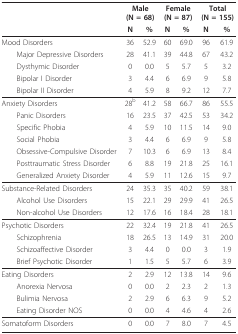
<table><thead><tr><td></td><td colspan="2"><b>Male(N = 68)</b></td><td colspan="2"><b>Female(N = 87)</b></td><td colspan="2"><b>Total(N = 155)</b></td></tr><tr><td></td><td><b>N</b></td><td><b>%</b></td><td><b>N</b></td><td><b>%</b></td><td><b>N</b></td><td><b>%</b></td></tr></thead><tbody><tr><td>Mood Disorders</td><td>36</td><td>52.9</td><td>60</td><td>69.0</td><td>96</td><td>61.9</td></tr><tr><td> Major Depressive Disorders</td><td>28</td><td>41.1</td><td>39</td><td>44.8</td><td>67</td><td>43.2</td></tr><tr><td> Dysthymic Disorder</td><td>0</td><td>0.0</td><td>5</td><td>5.7</td><td>5</td><td>3.2</td></tr><tr><td> Bipolar I Disorder</td><td>3</td><td>4.4</td><td>6</td><td>6.9</td><td>9</td><td>5.8</td></tr><tr><td> Bipolar II Disorder</td><td>4</td><td>5.9</td><td>8</td><td>9.2</td><td>12</td><td>7.7</td></tr><tr><td>Anxiety Disorders</td><td>28<sup>b</sup></td><td>41.2</td><td>58</td><td>66.7</td><td>86</td><td>55.5</td></tr><tr><td> Panic Disorders</td><td>16</td><td>23.5</td><td>37</td><td>42.5</td><td>53</td><td>34.2</td></tr><tr><td> Specific Phobia</td><td>4</td><td>5.9</td><td>10</td><td>11.5</td><td>14</td><td>9.0</td></tr><tr><td> Social Phobia</td><td>3</td><td>4.4</td><td>6</td><td>6.9</td><td>9</td><td>5.8</td></tr><tr><td> Obsessive-Compulsive Disorder</td><td>7</td><td>10.3</td><td>6</td><td>6.9</td><td>13</td><td>8.4</td></tr><tr><td> Posttraumatic Stress Disorder</td><td>6</td><td>8.8</td><td>19</td><td>21.8</td><td>25</td><td>16.1</td></tr><tr><td> Generalized Anxiety Disorder</td><td>4</td><td>5.9</td><td>11</td><td>12.6</td><td>15</td><td>9.7</td></tr><tr><td>Substance-Related Disorders</td><td>24</td><td>35.3</td><td>35</td><td>40.2</td><td>59</td><td>38.1</td></tr><tr><td> Alcohol Use Disorders</td><td>15</td><td>22.1</td><td>29</td><td>29.9</td><td>41</td><td>26.5</td></tr><tr><td> Non-alcohol Use Disorders</td><td>12</td><td>17.6</td><td>16</td><td>18.4</td><td>28</td><td>18.1</td></tr><tr><td>Psychotic Disorders</td><td>22</td><td>32.4</td><td>19</td><td>21.8</td><td>41</td><td>26.5</td></tr><tr><td> Schizophrenia</td><td>18</td><td>26.5</td><td>13</td><td>14.9</td><td>31</td><td>20.0</td></tr><tr><td> Schizoaffective Disorder</td><td>3</td><td>4.4</td><td>0</td><td>0.0</td><td>3</td><td>1.9</td></tr><tr><td> Brief Psychotic Disorder</td><td>1</td><td>1.5</td><td>5</td><td>5.7</td><td>6</td><td>3.9</td></tr><tr><td>Eating Disorders</td><td>2</td><td>2.9</td><td>12</td><td>13.8</td><td>14</td><td>9.6</td></tr><tr><td> Anorexia Nervosa</td><td>0</td><td>0.0</td><td>2</td><td>2.3</td><td>2</td><td>1.3</td></tr><tr><td> Bulimia Nervosa</td><td>2</td><td>2.9</td><td>6</td><td>6.3</td><td>9</td><td>5.2</td></tr><tr><td> Eating Disorder NOS</td><td>0</td><td>0.0</td><td>4</td><td>4.6</td><td>4</td><td>2.6</td></tr><tr><td>Somatoform Disorders</td><td>0</td><td>0.0</td><td>7</td><td>8.0</td><td>7</td><td>4.5</td></tr></tbody></table>